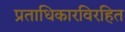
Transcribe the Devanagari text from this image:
प्रताधिकारविरहित